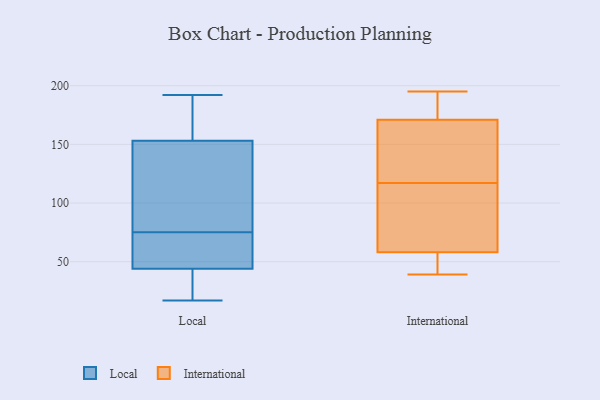
{"axis": {"x": "Net Income (USD K)", "y": "Value"}, "legend": ["International", "Local"], "data": [{"x": "", "y": 192, "type": "Local"}, {"x": "", "y": 35, "type": "Local"}, {"x": "", "y": 63, "type": "Local"}, {"x": "", "y": 17, "type": "Local"}, {"x": "", "y": 153, "type": "Local"}, {"x": "", "y": 169, "type": "Local"}, {"x": "", "y": 141, "type": "Local"}, {"x": "", "y": 44, "type": "Local"}, {"x": "", "y": 25, "type": "Local"}, {"x": "", "y": 49, "type": "Local"}, {"x": "", "y": 151, "type": "Local"}, {"x": "", "y": 188, "type": "Local"}, {"x": "", "y": 72, "type": "Local"}, {"x": "", "y": 78, "type": "Local"}, {"x": "", "y": 183, "type": "International"}, {"x": "", "y": 181, "type": "International"}, {"x": "", "y": 39, "type": "International"}, {"x": "", "y": 58, "type": "International"}, {"x": "", "y": 85, "type": "International"}, {"x": "", "y": 113, "type": "International"}, {"x": "", "y": 57, "type": "International"}, {"x": "", "y": 77, "type": "International"}, {"x": "", "y": 171, "type": "International"}, {"x": "", "y": 120, "type": "International"}, {"x": "", "y": 195, "type": "International"}, {"x": "", "y": 158, "type": "International"}, {"x": "", "y": 57, "type": "International"}, {"x": "", "y": 167, "type": "International"}, {"x": "", "y": 114, "type": "International"}, {"x": "", "y": 130, "type": "International"}, {"x": "", "y": 50, "type": "International"}, {"x": "", "y": 194, "type": "International"}]}